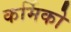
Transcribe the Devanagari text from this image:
कर्मिको